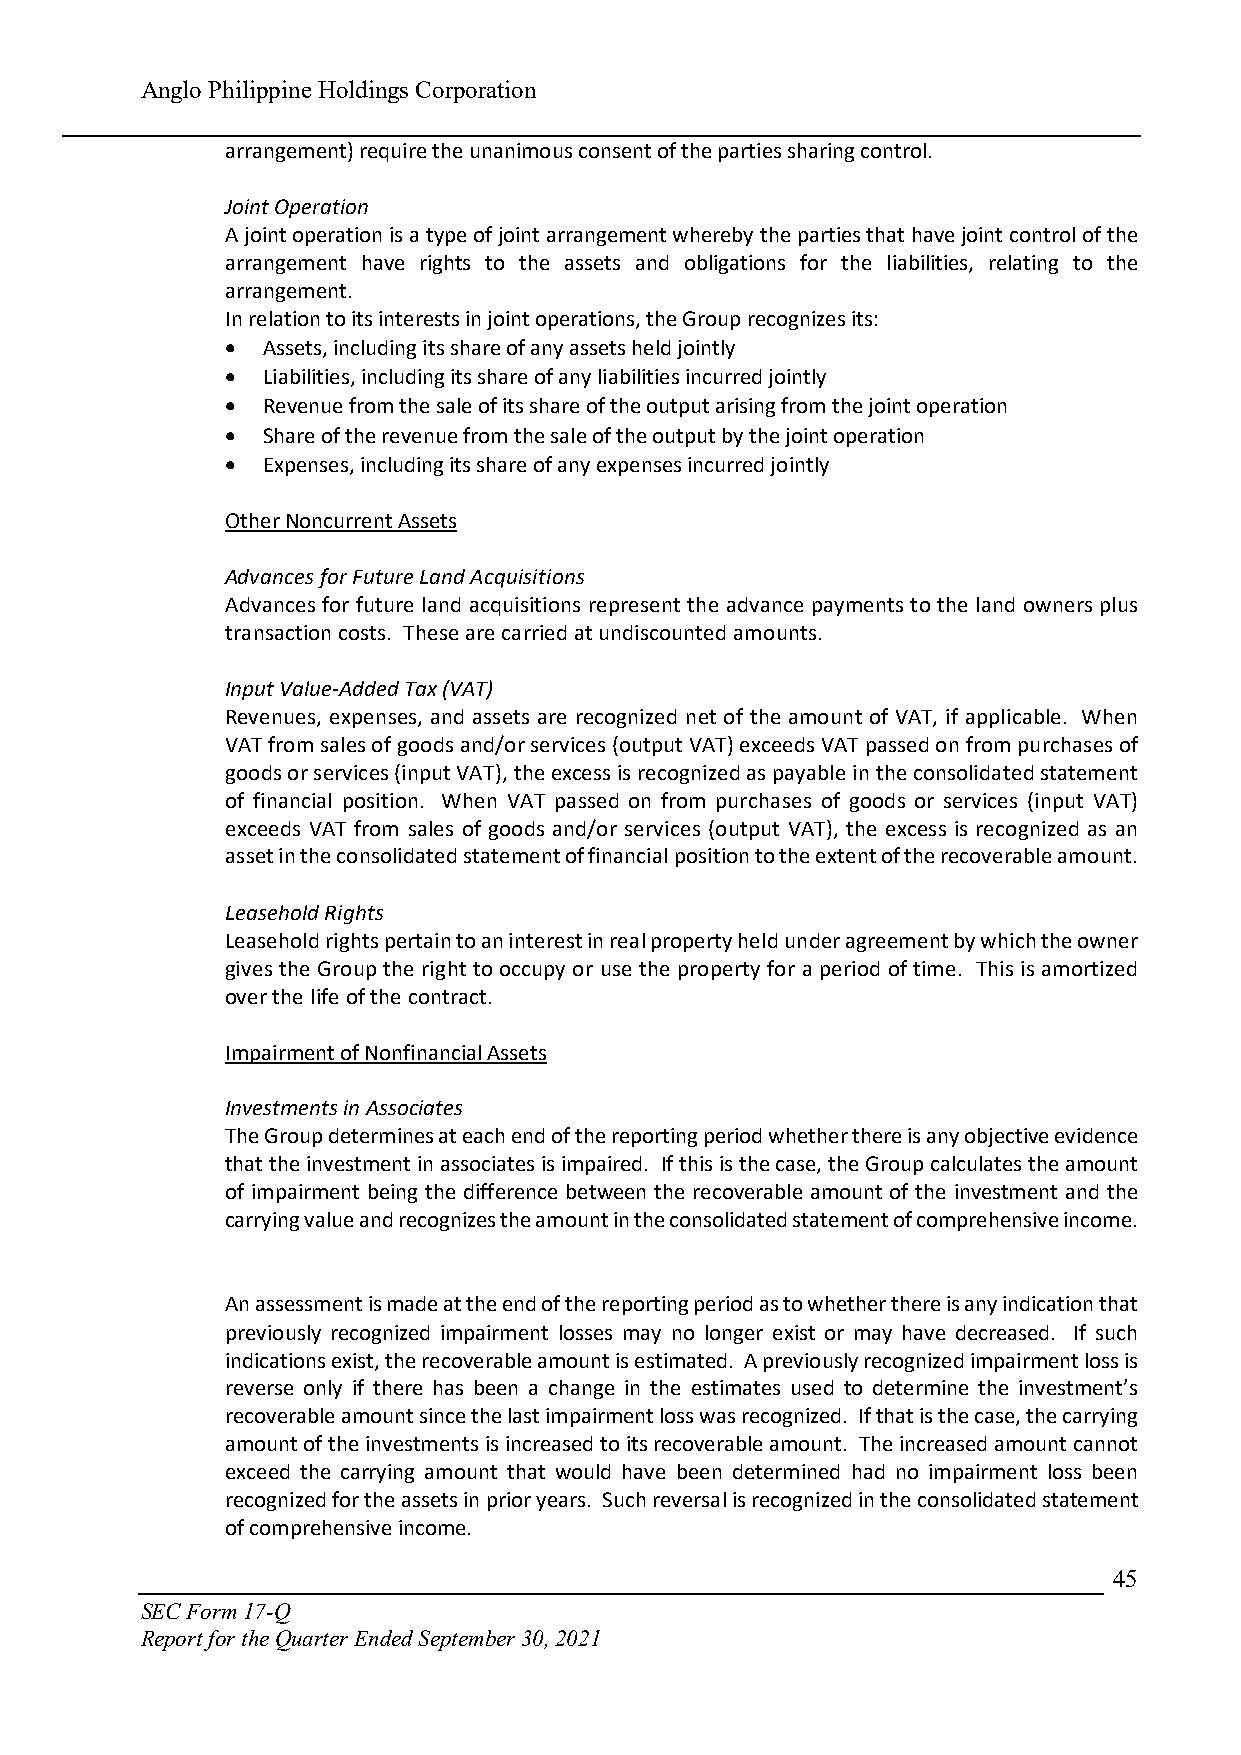
Anglo Philippine Holdings Corporation
 arrangement) require the unanimous consent of the parties sharing control.
 Joint Operation
 A joint operation is a type of joint arrangement whereby the parties that have joint control of the
 arrangement have rights to the assets and obligations for the liabilities, relating to the
 arrangement.
 In relation to its interests in joint operations, the Group recognizes its:
  Assets, including its share of any assets held jointly
  Liabilities, including its share of any liabilities incurred jointly
  Revenue from the sale of its share of the output arising from the joint operation
  Share of the revenue from the sale of the output by the joint operation
  Expenses, including its share of any expenses incurred jointly
 Other Noncurrent Assets
 Advances for Future Land Acquisitions
 Advances for future land acquisitions represent the advance payments to the land owners plus
 transaction costs. These are carried at undiscounted amounts.
 Input Value-Added Tax (VAT)
 Revenues, expenses, and assets are recognized net of the amount of VAT, if applicable. When
 VAT from sales of goods and/or services (output VAT) exceeds VAT passed on from purchases of
 goods or services (input VAT), the excess is recognized as payable in the consolidated statement
 of financial position. When VAT passed on from purchases of goods or services (input VAT)
 exceeds VAT from sales of goods and/or services (output VAT), the excess is recognized as an
 asset in the consolidated statement of financial position to the extent of the recoverable amount.
 Leasehold Rights
 Leasehold rights pertain to an interest in real property held under agreement by which the owner
 gives the Group the right to occupy or use the property for a period of time. This is amortized
 over the life of the contract.
 Impairment of Nonfinancial Assets
 Investments in Associates
 The Group determines at each end of the reporting period whether there is any objective evidence
 that the investment in associates is impaired. If this is the case, the Group calculates the amount
 of impairment being the difference between the recoverable amount of the investment and the
 carrying value and recognizes the amount in the consolidated statement of comprehensive income.
 An assessment is made at the end of the reporting period as to whether there is any indication that
 previously recognized impairment losses may no longer exist or may have decreased. If such
 indications exist, the recoverable amount is estimated. A previously recognized impairment loss is
 reverse only if there has been a change in the estimates used to determine the investment’s
 recoverable amount since the last impairment loss was recognized. If that is the case, the carrying
 amount of the investments is increased to its recoverable amount. The increased amount cannot
 exceed the carrying amount that would have been determined had no impairment loss been
 recognized for the assets in prior years. Such reversal is recognized in the consolidated statement
 of comprehensive income.
 45
 SEC Form 17-Q
 Report for the Quarter Ended September 30, 2021